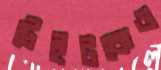
টেইটকেও